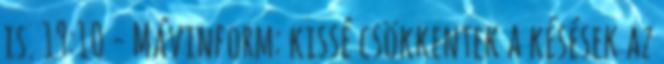
is. 19:10 - Mávinform: kissé csökkentek a késések az